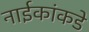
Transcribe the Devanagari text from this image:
नाईकांकडे